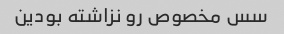
سس مخصوص رو نزاشته بودین